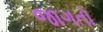
જાગતો